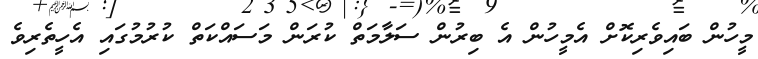
މީހުން ބައިވެރިކޮށް އެމީހުން އެ ބިރުން ސަލާމަތް ކުރަން މަސައްކަތް ކުރުމުގައި އެހީތެރިވެ